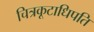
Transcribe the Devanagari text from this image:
चित्रकूटाधिपति